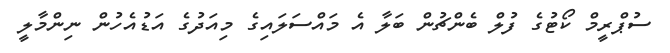
ސުޕްރީމް ކޯޓުގެ ފުލް ބެންޗުން ބަލާ އެ މައްސަލައިގެ މިއަދުގެ އަޑުއެހުން ނިންމާލީ